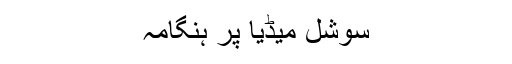
سوشل میڈیا پر ہنگامہ